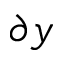
\partial y